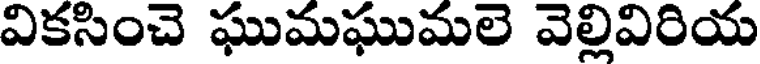
వికసించె ఘుమఘుమలె వెల్లివిరియ